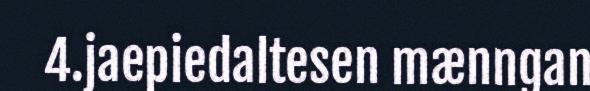
4.jaepiedaltesen mænngan